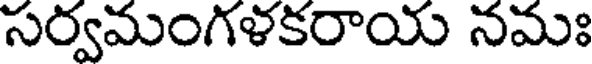
సర్వమంగళకరాయ నమః